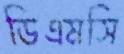
ডিএমসি